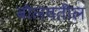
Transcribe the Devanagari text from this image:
बोलवतील